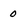
Character: 0